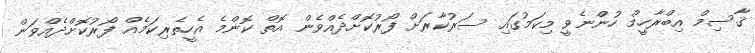
ޤާސިމް އިބްރާހީމް ހުންނެވީ މިކަމުގައި ސަރުކާރަށް ފޯރުކޮށްދެއްވެން އޮތް ކޮންމެ އެހީތެރިކަމެއް ފޯރުކޮށްދެއްވަން